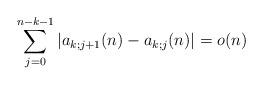
LaTeX: \begin{align*} \sum_{j=0}^{n-k-1} \left| a_{k;j+1} (n) -a_{k;j} (n) \right| = o(n)\end{align*}